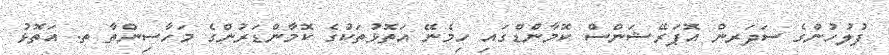
ފުލުހުންގެ ސަދަރން އޮޕަރޭޝަންސް ކޮމާންޑްގައި ހިމެނޭ އަތޮޅުތަކުގެ ކޮމާންޑަރުންގެ މަހާސިންތާ ތ. އަތޮޅު